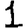
Digit: 1